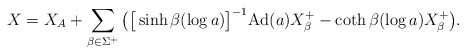
\begin{align*}X=X_A+\sum_{\beta\in\Sigma^+} \big(\big[ \sinh \beta(\log a)\big]^{-1}\mathrm{Ad }(a) X_{\beta}^+ - \coth \beta(\log a) X_\beta^+\big).\end{align*}